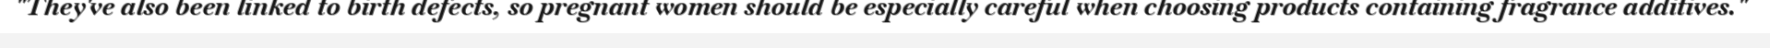
"They've also been linked to birth defects, so pregnant women should be especially careful when choosing products containing fragrance additives."